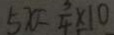
5 x = \frac { 3 } { 4 } \times 1 0